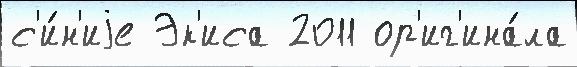
с'и́н'иjе Эк'иса 2011 ор'иг'ина́ла